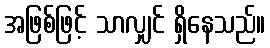
အဖြစ်ဖြင့် သာလျှင် ရှိနေသည်။